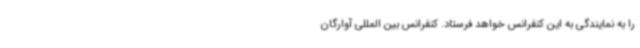
را به نمایندگی به این کنفرانس خواهد فرستاد. کنفرانس بین المللی آوارگان